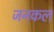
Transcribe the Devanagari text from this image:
जनकल